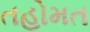
તહોમત